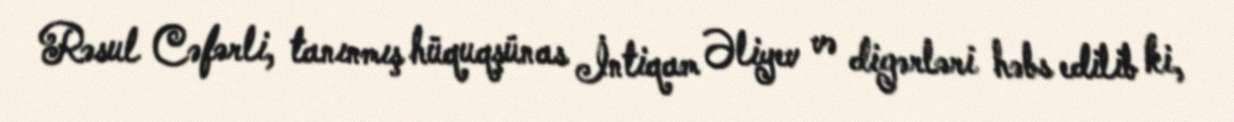
Rəsul Cəfərli, tanınmış hüquqşünas İntiqam Əliyev və digərləri həbs edilib ki,